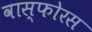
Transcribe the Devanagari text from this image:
वास्फोरस